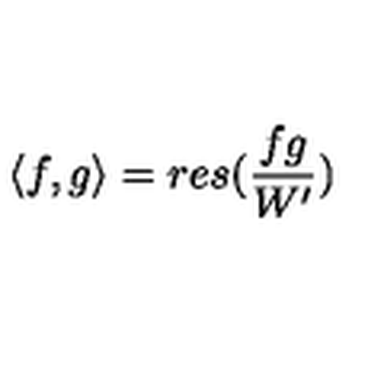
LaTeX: \langle f , g \rangle = r e s ( \frac { f g } { W ^ { \prime } } )